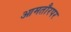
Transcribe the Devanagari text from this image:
आमतौरपर